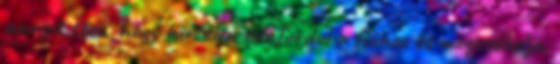
annyit tesz, hogy hirtelen odafordul a fiúhoz és megcsókolja.